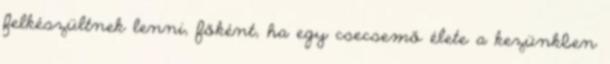
felkészültnek lenni, főként, ha egy csecsemő élete a kezünkben